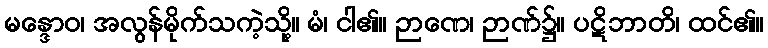
မန္ဒောဝ၊ အလွန်မိုက်သကဲ့သို့။ မံ၊ ငါ၏။ ဉာဏေ၊ ဉာဏ်၌။ ပဋိဘာတိ၊ ထင်၏။